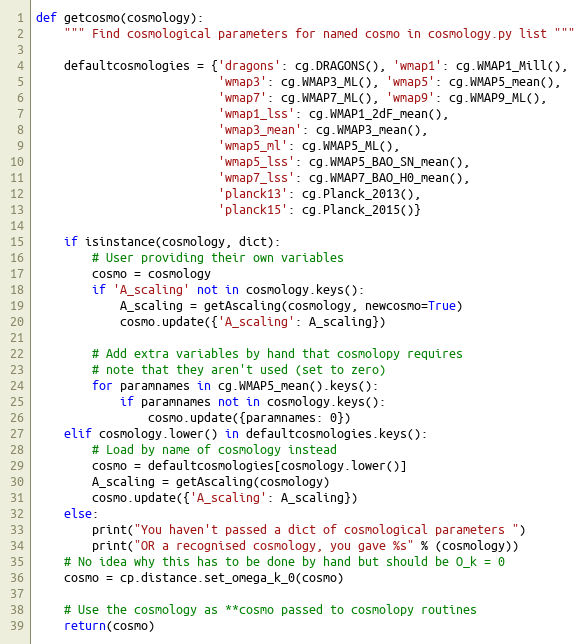
Language: Python
def getcosmo(cosmology):
    """ Find cosmological parameters for named cosmo in cosmology.py list """

    defaultcosmologies = {'dragons': cg.DRAGONS(), 'wmap1': cg.WMAP1_Mill(),
                          'wmap3': cg.WMAP3_ML(), 'wmap5': cg.WMAP5_mean(),
                          'wmap7': cg.WMAP7_ML(), 'wmap9': cg.WMAP9_ML(),
                          'wmap1_lss': cg.WMAP1_2dF_mean(),
                          'wmap3_mean': cg.WMAP3_mean(),
                          'wmap5_ml': cg.WMAP5_ML(),
                          'wmap5_lss': cg.WMAP5_BAO_SN_mean(),
                          'wmap7_lss': cg.WMAP7_BAO_H0_mean(),
                          'planck13': cg.Planck_2013(),
                          'planck15': cg.Planck_2015()}

    if isinstance(cosmology, dict):
        # User providing their own variables
        cosmo = cosmology
        if 'A_scaling' not in cosmology.keys():
            A_scaling = getAscaling(cosmology, newcosmo=True)
            cosmo.update({'A_scaling': A_scaling})

        # Add extra variables by hand that cosmolopy requires
        # note that they aren't used (set to zero)
        for paramnames in cg.WMAP5_mean().keys():
            if paramnames not in cosmology.keys():
                cosmo.update({paramnames: 0})
    elif cosmology.lower() in defaultcosmologies.keys():
        # Load by name of cosmology instead
        cosmo = defaultcosmologies[cosmology.lower()]
        A_scaling = getAscaling(cosmology)
        cosmo.update({'A_scaling': A_scaling})
    else:
        print("You haven't passed a dict of cosmological parameters ")
        print("OR a recognised cosmology, you gave %s" % (cosmology))
    # No idea why this has to be done by hand but should be O_k = 0
    cosmo = cp.distance.set_omega_k_0(cosmo)

    # Use the cosmology as **cosmo passed to cosmolopy routines
    return(cosmo)